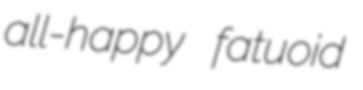
all-happy fatuoid